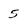
Character: 5